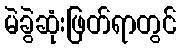
မဲခွဲဆုံးဖြတ်ရာတွင်